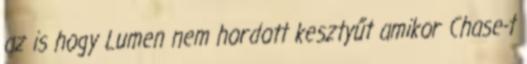
az is hogy Lumen nem hordott kesztyűt amikor Chase-t